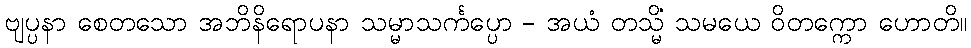
ဗျပ္ပနာ စေတသော အဘိနိရောပနာ သမ္မာသင်္ကပ္ပော - အယံ တသ္မိံ သမယေ ဝိတက္ကော ဟောတိ။